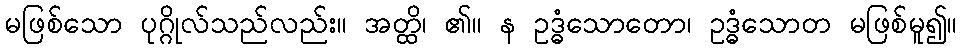
မဖြစ်သော ပုဂ္ဂိုလ်သည်လည်း။ အတ္ထိ၊ ၏။ န ဥဒ္ဓံသောတော၊ ဥဒ္ဓံသောတ မဖြစ်မူ၍။